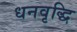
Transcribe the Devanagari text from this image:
धनवृद्धि